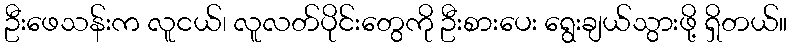
ဦးဖေသန်းက လူငယ်၊ လူလတ်ပိုင်းတွေကို ဦးစားပေး ရွေးချယ်သွားဖို့ ရှိတယ်။